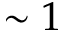
\sim 1